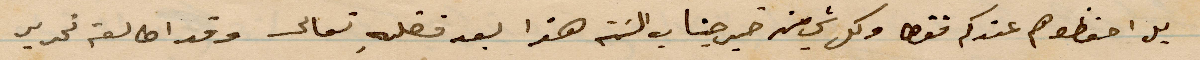
بل حفظوها عندكم فقط وكل شي من خير جناب الست هذا بعد فضله تعالى وقد اطالع تحرير